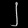
Digit: ၂